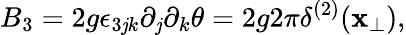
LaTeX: B_{3}=2g\epsilon_{3\mathit{j}k}\partial_{\mathit{j}}\partial_{k}\theta=2g2\pi\delta^{(2)}({\mathbf{x}}_{\bot}),